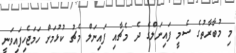
މި މުބާރާތުގެ ސެމީ ފައިނަލްގެ ދެ މެޗާއި ފައިނަލް މެޗު ކުޅުމަށް ހަމަޖެހިފައިވަނީ